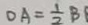
0 A = \frac { 1 } { 2 } B